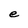
Character: e